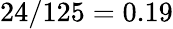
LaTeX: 24/125=0.19